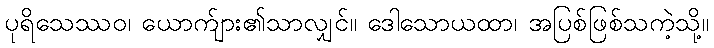
ပုရိသေဿဝ၊ ယောက်ျား၏သာလျှင်။ ဒေါသောယထာ၊ အပြစ်ဖြစ်သကဲ့သို့။